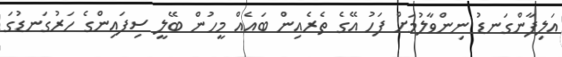
އަލިފާންގަނޑު ނިންވާލުމަށް ފަހު އޭގެ ތެރެއިން ބައެއް މީހުން ބޭލީ ސިފައިންގެ ހަރުގަނޑުގަ